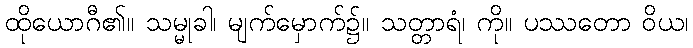
ထိုယောဂီ၏။ သမ္မုခါ၊ မျက်မှောက်၌။ သတ္တာရံ၊ ကို။ ပဿတော ဝိယ၊